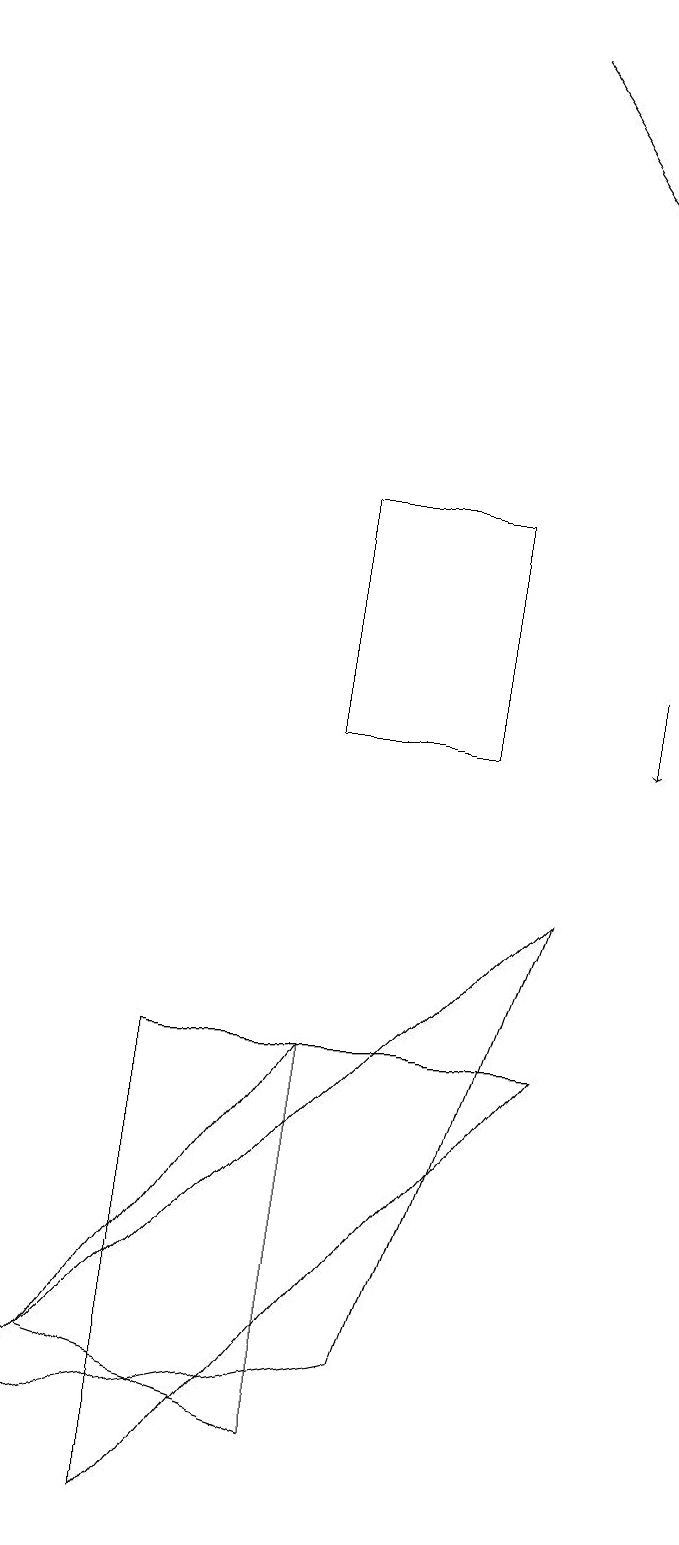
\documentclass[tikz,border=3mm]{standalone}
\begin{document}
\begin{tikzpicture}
\draw[->] (9,11) -- (9,10);
\draw (5,13) rectangle (7,10);
\draw (8,8) -- (1,1) -- (6,2) -- cycle;
\draw (3,6) -- (8,6) -- (3,0) -- cycle;
\draw (5,1) -- (5,6) -- (2,2) -- cycle;
\draw[->] (7,19) -- (9,16);
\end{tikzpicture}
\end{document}